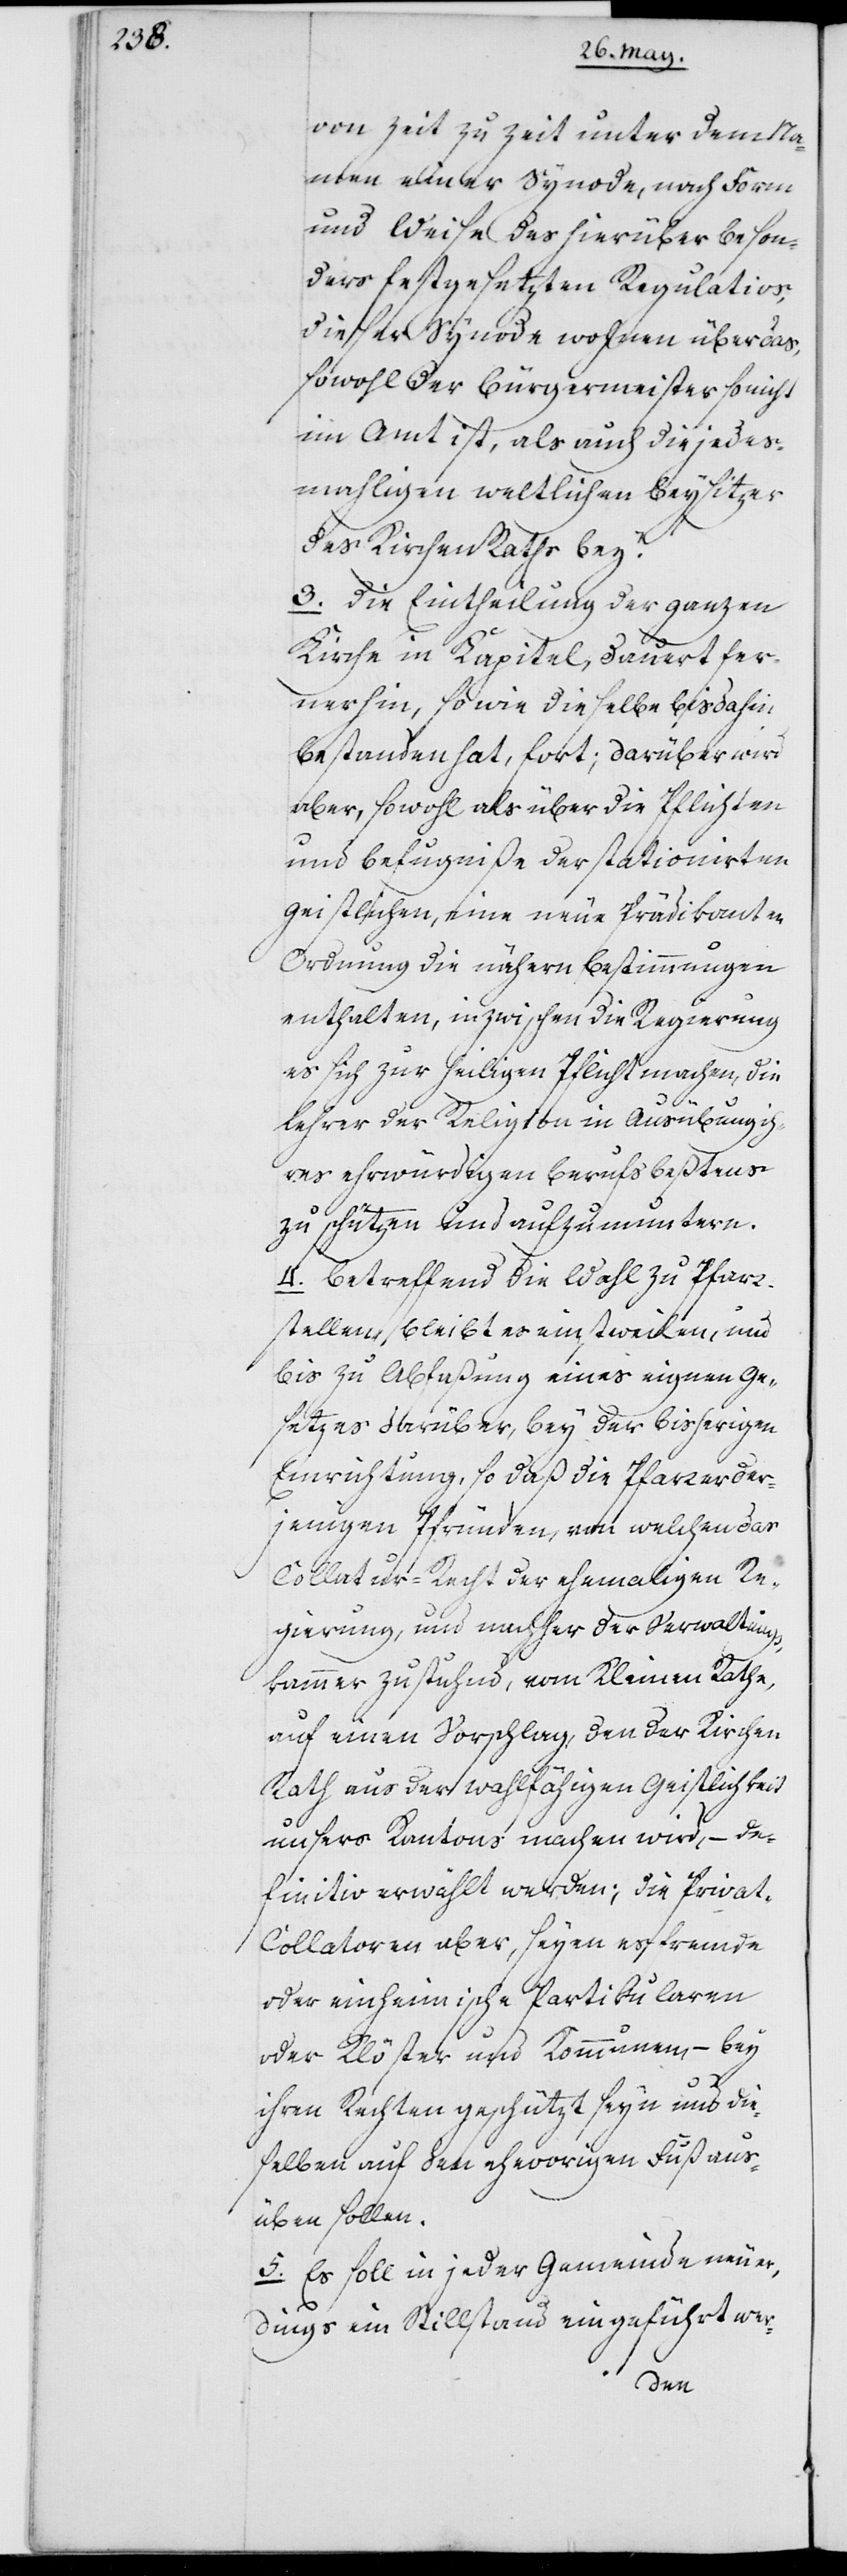
von Zeit zu Zeit unter dem Na¬
men einer Synode, nach Form
und Weise des hierüber beson¬
ders festgesetzten Regulativs,
dieser Synode wohnen überdas,
sowohl der Bürgermeister, so nicht
im Amt ist, als auch die jedes¬
mahligen weltlichen Beysitzer
des Kirchen Rats bey.
3. Die Eintheilung der ganzen
Kirche in Kapitel, dauert fer¬
nerhin, so wie dieselbe bis dahin
bestanden hat, fort; darüber wird
aber, sowohl als über die Pflichten
und Befugniße der stationirten
Geistlichen, eine neue Prädikanten-O¬
rdnung die nähern Bestimmungen
enthalten, inzwischen die Regierung
es sich zur heiligen Pflicht machen, die
Lehrer der Religion in Ausübung ih¬
res ehrwürdigen Berufs bestens
zu schützen und aufzumuntern.
4. Betreffend die Wahl zu Pfarr¬
stellen, bleibt es einstweilen, und
bis zu Abfaßung eines eignen Ge¬
setzes darüber, bey der bisherigen
Einrichtung, so daß die Pfarrer der¬
jenigen Pfründen, von welchen das
Collatur-Recht der ehemaligen Re¬
gierung, und nachher der Verwaltungs¬
kammer zustuhnd, vom Kleinen Rathe,
auf einen Vorschlag, den der Kirchen
Rath aus der wahlfähigen Geistlichkeit
unsers Kantons machen wird, – de¬
finitiv erwählt werden; die Privat-C¬
ollatoren aber, seyen es fremde
oder einheimische Partikularen
oder Klöster und Kommunen, – bey
ihren Rechten geschützt seyn und die¬
selben auf dem ehevorigen Fuß aus¬
üben sollen.
5. Es soll in jeder Gemeinde neuer¬
dings ein Stillstand eingeführt wer-